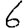
Digit: 6